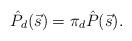
LaTeX: \begin{align*} \hat{P}_d(\vec{s}) = \pi_d\hat{P}(\vec{s}). \end{align*}